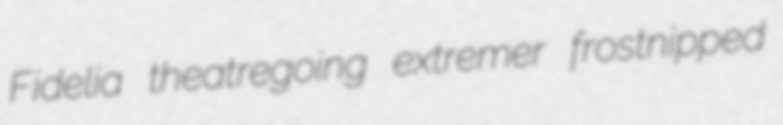
Fidelia theatregoing extremer frostnipped